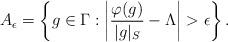
LaTeX: \begin{align*}A_\epsilon = \left\{ g \in \Gamma: \left| \frac{\varphi(g)}{|g|_S} - \Lambda \right| > \epsilon \right\}.\end{align*}